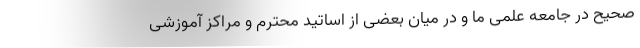
صحیح در جامعه علمی ما و در میان بعضی از اساتید محترم و مراکز آموزشی